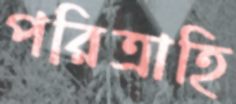
পরিত্রাহি